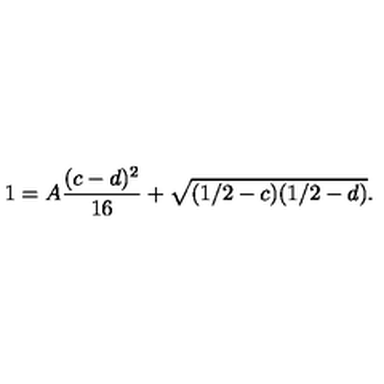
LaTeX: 1 = A \frac { ( c - d ) ^ { 2 } } { 1 6 } + \sqrt { ( 1 / 2 - c ) ( 1 / 2 - d ) } .